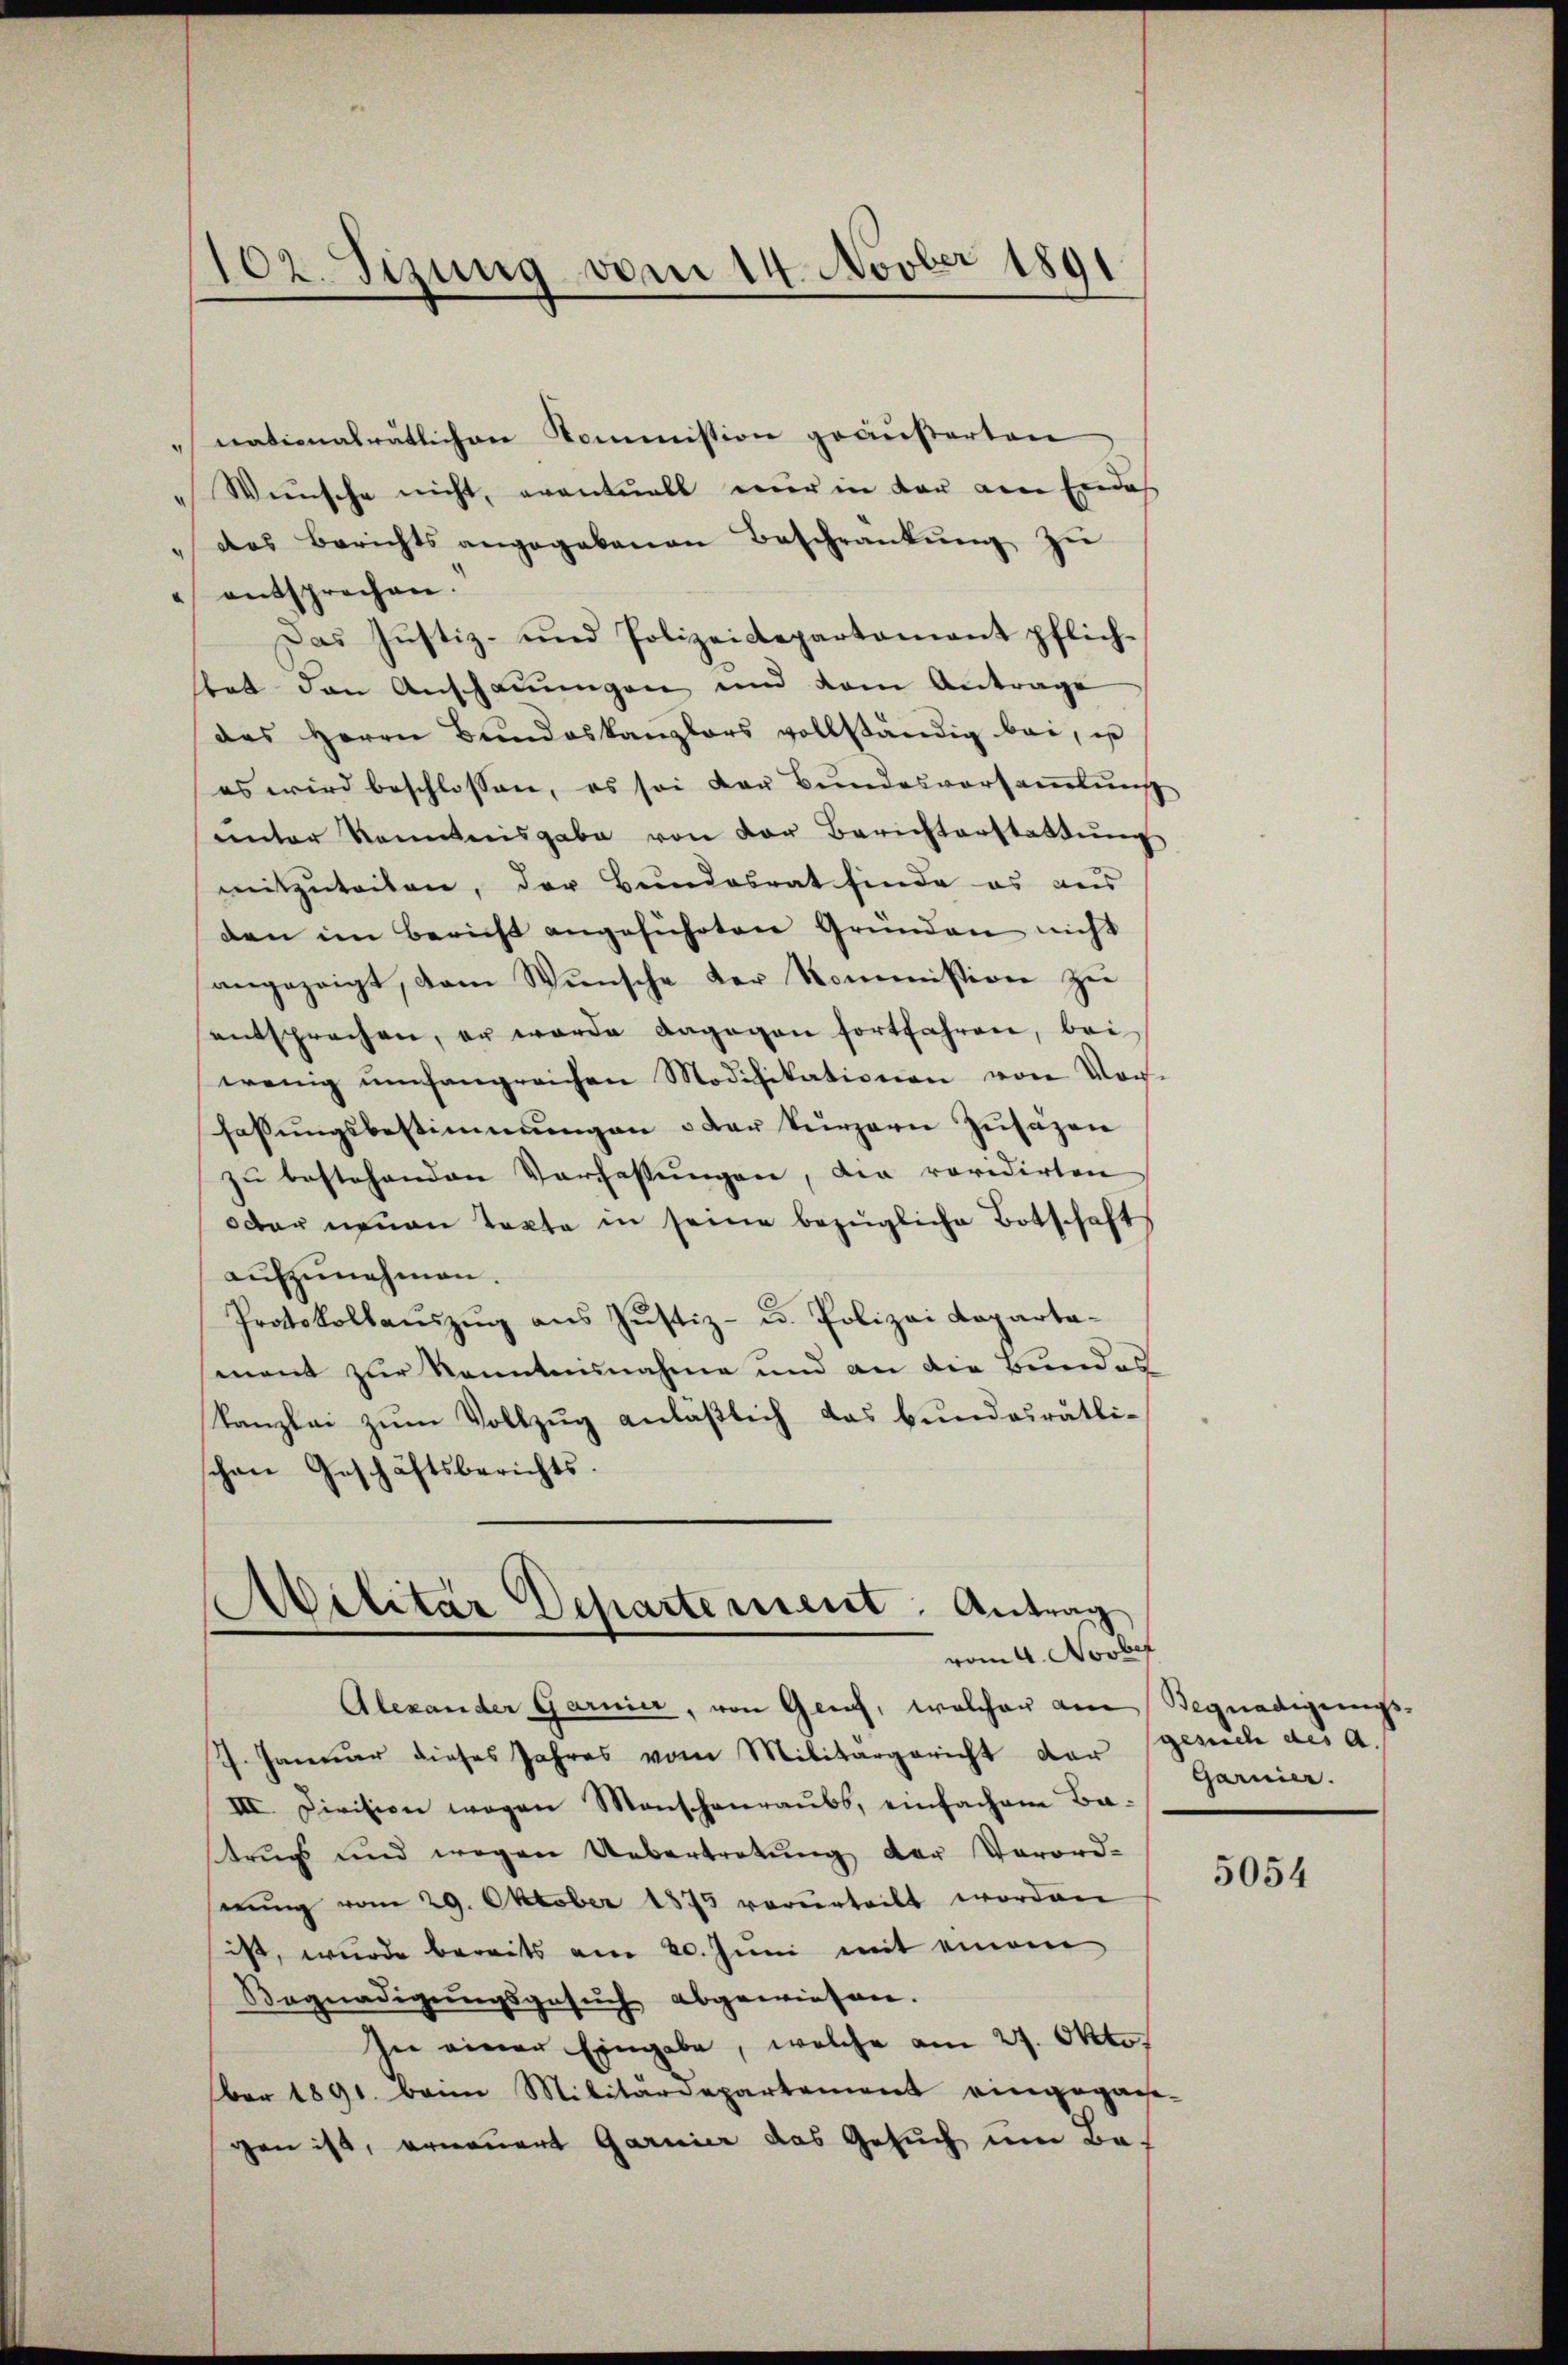
102. Sizung vom 14. Novber 1891

nationalrätlichen Kommission geäußerten
Wünsche nicht, eventuell nur in der am Endes
das Berichts angegebenen Beschrankŭng zŭ
 entsprechen.
Das Justiz- und Polizeidepartamant pflich-
stet den Anschauungen und dem Antrage
des Herrn Bŭndeskanzlers vollständig bei, is
es wird beschlossen, es sei der Bŭndesversaṁlŭng
ŭnter Kenntnisgabe von der Berichterstattŭng
mitzuteilen, der Bundesrat finde es aus
den im Bericht angeführten Gründen nicht
angezeigt, dem Wunsche der Kommission zu
entsprechen, er werde dagegen fortfahren, bei
wenig umfangreichen Modifikationen von Vor-
fassungsbestimmungen oder kurzern Zusätzen
zu bestehenden Verfassungen, die revidirten
oder neuen Takte in seine bezügliche Botschaft
aufzunehmen.
Protokollauszug aus Justiz- u. Polizei Kapartament zur Kenntnisnahme und an die Bundes
kanzlei zŭm Vollzug anläßlich das bundesrätli-
schen Geschäftsberichts.

Militar Departement. Antrag
vom 4. Novbef
Alexander Garnier, von Gerich, welcher am Begnadigungs¬

garnier.

J. Januar dieses Jahres vom Militärgericht der gesich des a.
IIII. Division wegen Monschenraubs, einfachen Batrugs und wegen Uebertretŭng der Verord-
nŭng vom 29. Oktober 1875 verurteilt worden
ist, wurde bereits am 20. Juni mit einem
Begnadigungsgesuch abgewiesen.
In einer Eingabe, welche am 27. Okto
ber 1891. beim Militärdepartement eingegan-
gen ist, erneuert Garnier das Gesuch um Ba¬

5054